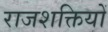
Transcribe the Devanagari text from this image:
राजशक्तियों